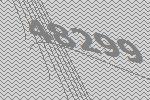
48299